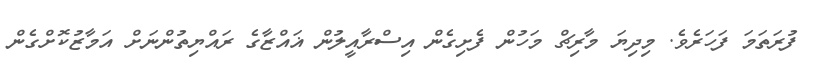
ފުރަތަމަ ފަހަރެވެ. މިދިޔަ މާރިޗް މަހުން ފެށިގެން އިސްރާއީލުން ޣައްޒާގެ ރައްޔިތުންނަށް އަމާޒުކޮށްގެން